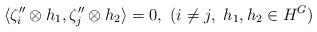
LaTeX: \begin{align*}\langle \zeta''_i \otimes h_1, \zeta''_j \otimes h_2 \rangle = 0, \ (i \neq j, \ h_1, h_2 \in H^G)\end{align*}